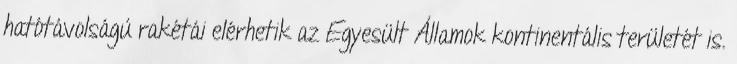
hatótávolságú rakétái elérhetik az Egyesült Államok kontinentális területét is.